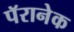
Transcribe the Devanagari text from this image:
पॅरानेक